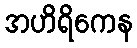
အဟိရိကေန